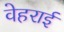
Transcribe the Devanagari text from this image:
वेहराई